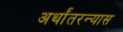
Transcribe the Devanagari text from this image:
अर्थांतरन्यास